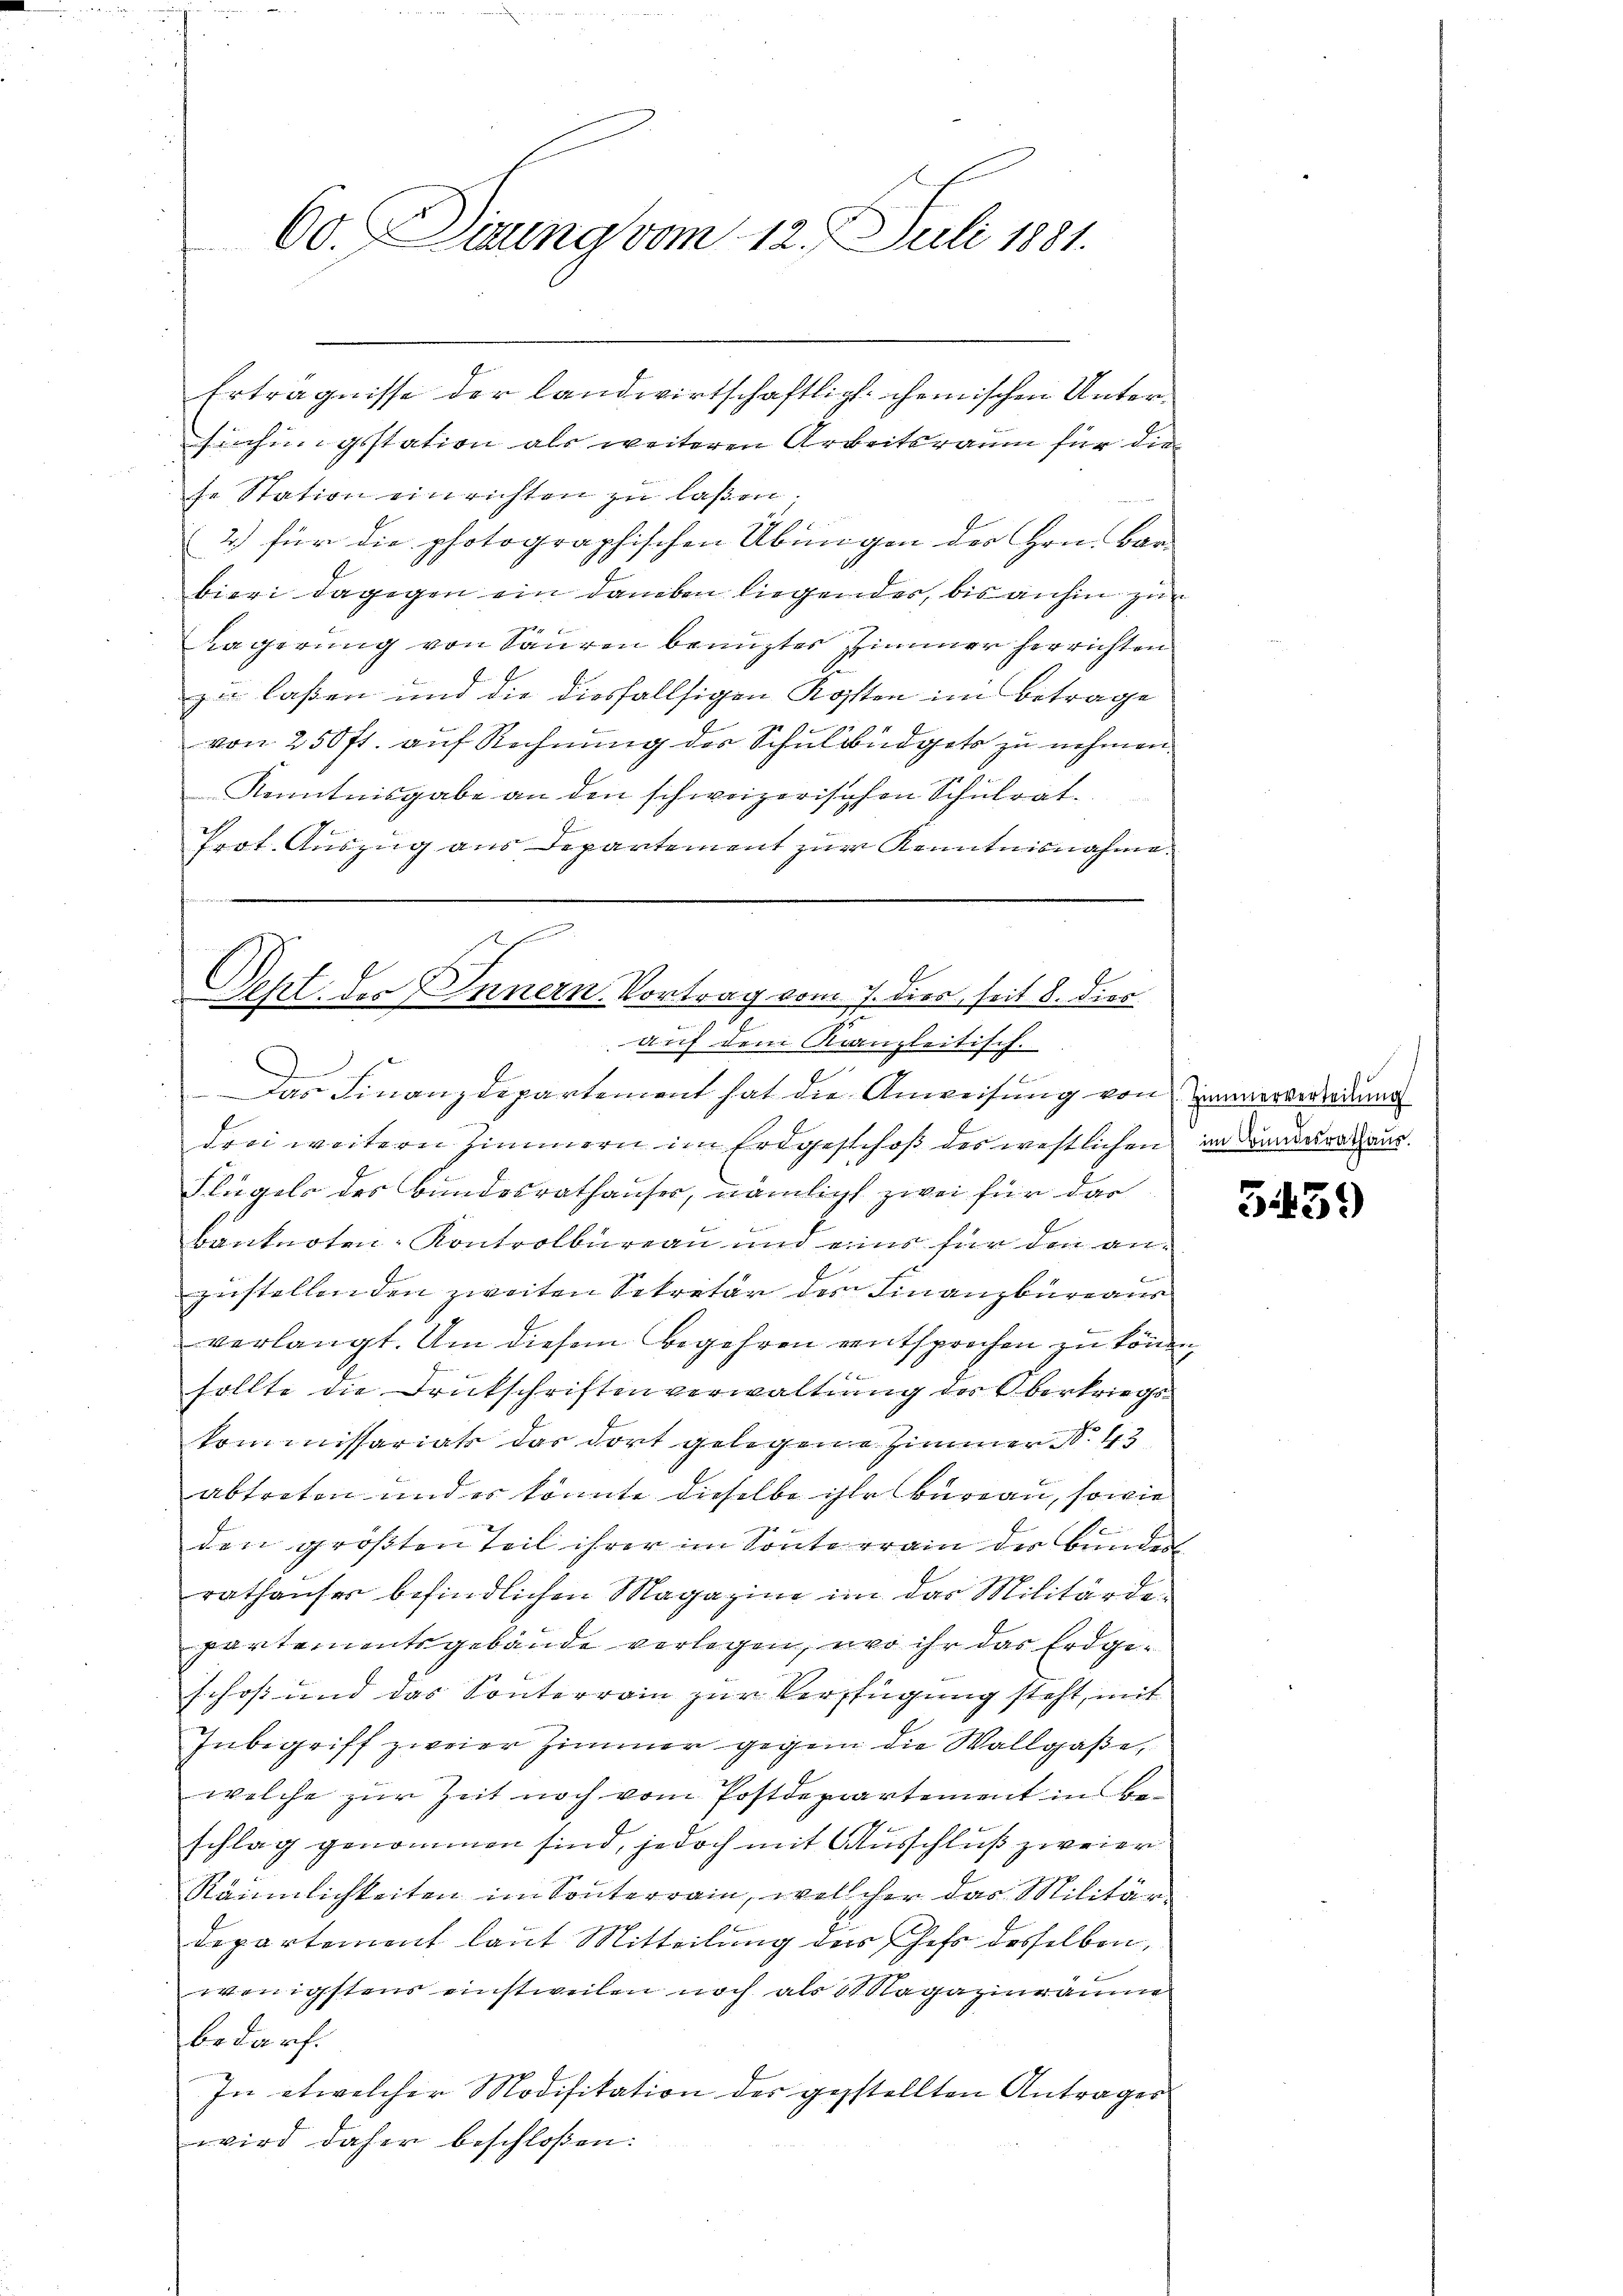
60. Dirung vom 12. Juli 1881.

Erträgnisse der landwirtschaftlich chemischen Untersuchungsstation als weiteren Arbeitsraum für die
se Station einrichten zu laßen.
2.) für die photographischen Übungen der Hrn. Bar-
bieri dagegen ein daneben liegendes, bis anhin zur
Kagerung von Sauren benuztes Zimmer herrichten
z
zu laßen und die diesfallsigen Kosten im Betrage
von 250 fl. auf Rechnung der Schulbüdgets zu nehmen.
Kenntnisgabe an den schweizerischen Schulrat.
Prot. Auszug aus Departement zur Kenntnisnahme.

Seht des Innern. Vortrag vom 7. dies, seit 8. diec
J
e
auf dem Kanzleitisch.

.
Das Finanzdepartement hat die Anweisung von Zimmerverredung
drei weitern Zimmern im Erdgeschoß des westlichen in Banderat aus.
Flügels des Bundesrathauser, nämlich zwei für das
bänknoten-Kontrolbureau und eine für den an¬
.
zustellenden zweiten Sekretär des Finanzbüreaus
verlangt. Um diesem Begehren entsprechen zu können,
 x
sollte die Druckschriftenverwaltung des Oberkriegskommissariats das dort gelegene Zimmer N. 43
abtreten und es könnte dieselbe ihr bureau, sowie
1
den größten Teil ihrer im Sonnterrain der Bunder
rathauser befindlichen Magazin im das Militärdepartementsgebäude verlegen, wo ihr das Erdgeschoß und das Sonterrain zur Verfügung steht, mit
Inbegriff zweier Zimmer gegen die Wollgaße,
welche zur Zeit noch vom Postdepartement in Beschlag genommen sind, jedoch mit Ausschluß zweier
Räumlichkeiten im Sonnterrain, welcher das Militär-
Departement laut Mitteilung der Hess desselben,
wenigstens einstweilen noch als 11 Ragazinräume
bedarf.
In etwelcher Modifikation der gestellten Anträger
wird daher beschloßen:

3439